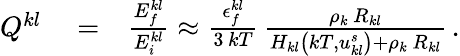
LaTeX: \begin{array}{rlr}{Q^{kl}}&{{}=}&{\frac{E_{f}^{kl}}{E_{i}^{kl}}\approx\frac{\epsilon_{f}^{kl}}{3\, kT}\, \frac{\rho_{k}\, R_{kl}}{H_{kl}\left(kT,u_{kl}^{s}\right)+\rho_{k}\, R_{kl}}\, .}\end{array}